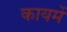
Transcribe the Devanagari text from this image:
कायमें